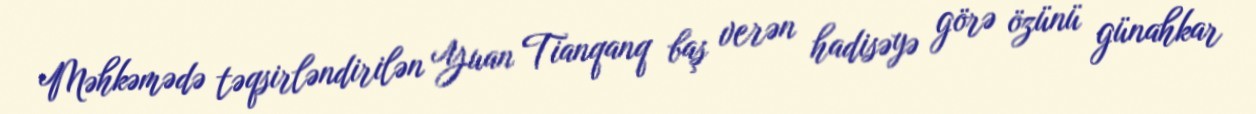
Məhkəmədə təqsirləndirilən Yuan Tianqanq baş verən hadisəyə görə özünü günahkar